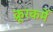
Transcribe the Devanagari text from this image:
क्रूरकर्मे